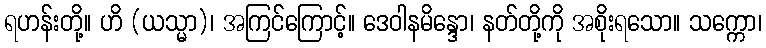
ရဟန်းတို့။ ဟိ (ယသ္မာ)၊ အကြင်ကြောင့်။ ဒေဝါနမိန္ဒော၊ နတ်တို့ကို အစိုးရသော။ သက္ကော၊